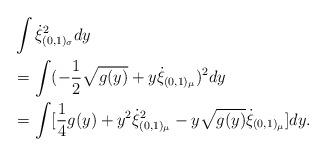
LaTeX: \begin{align*}\begin{aligned} &\int \dot{\xi}^2_{(0,1)_\sigma}dy\\&=\int (-\frac{1}{2}\sqrt{g(y)}+y\dot{\xi}_{(0,1)_\mu})^2dy\\&=\int [\frac{1}{4}g(y)+y^2\dot{\xi}^2_{(0,1)_\mu}-y\sqrt{g(y)}\dot{\xi}_{(0,1)_\mu}]dy.\end{aligned}\end{align*}